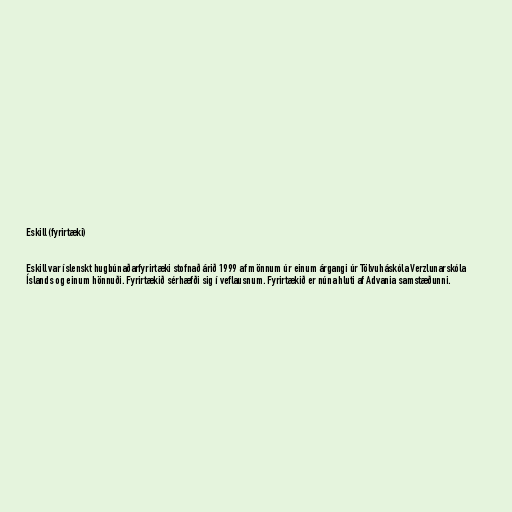
Eskill (fyrirtæki)

Eskill var íslenskt hugbúnaðarfyrirtæki stofnað árið 1999 af mönnum úr einum árgangi úr Tölvuháskóla Verzlunarskóla
Íslands og einum hönnuði. Fyrirtækið sérhæfði sig í veflausnum. Fyrirtækið er núna hluti af Advania samstæðunni.